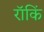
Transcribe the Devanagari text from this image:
रॉकिं